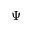
\Psi